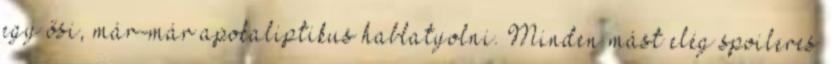
egy ősi, már-már apokaliptikus hablatyolni. Minden mást elég spoileres